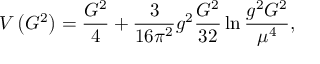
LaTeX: V \left( G ^ { 2 } \right) = \frac { G ^ { 2 } } 4 + \frac 3 { 1 6 \pi ^ { 2 } } g ^ { 2 } \frac { G ^ { 2 } } { 3 2 } \ln \frac { g ^ { 2 } G ^ { 2 } } { \mu ^ { 4 } } ,